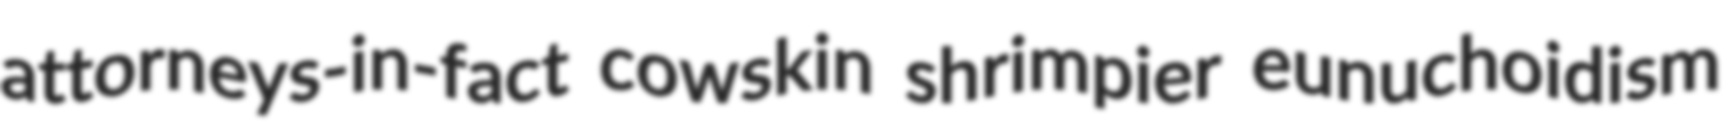
attorneys-in-fact cowskin shrimpier eunuchoidism